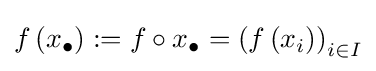
f\left(x_{\bullet }\right):=f\circ x_{\bullet }=\left(f\left(x_{i}\right)\right)_{i\in I}